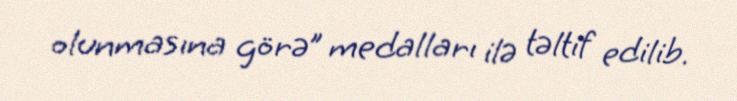
olunmasına görə” medalları ilə təltif edilib.